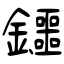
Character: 鑩